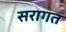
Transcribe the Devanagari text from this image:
सरागत